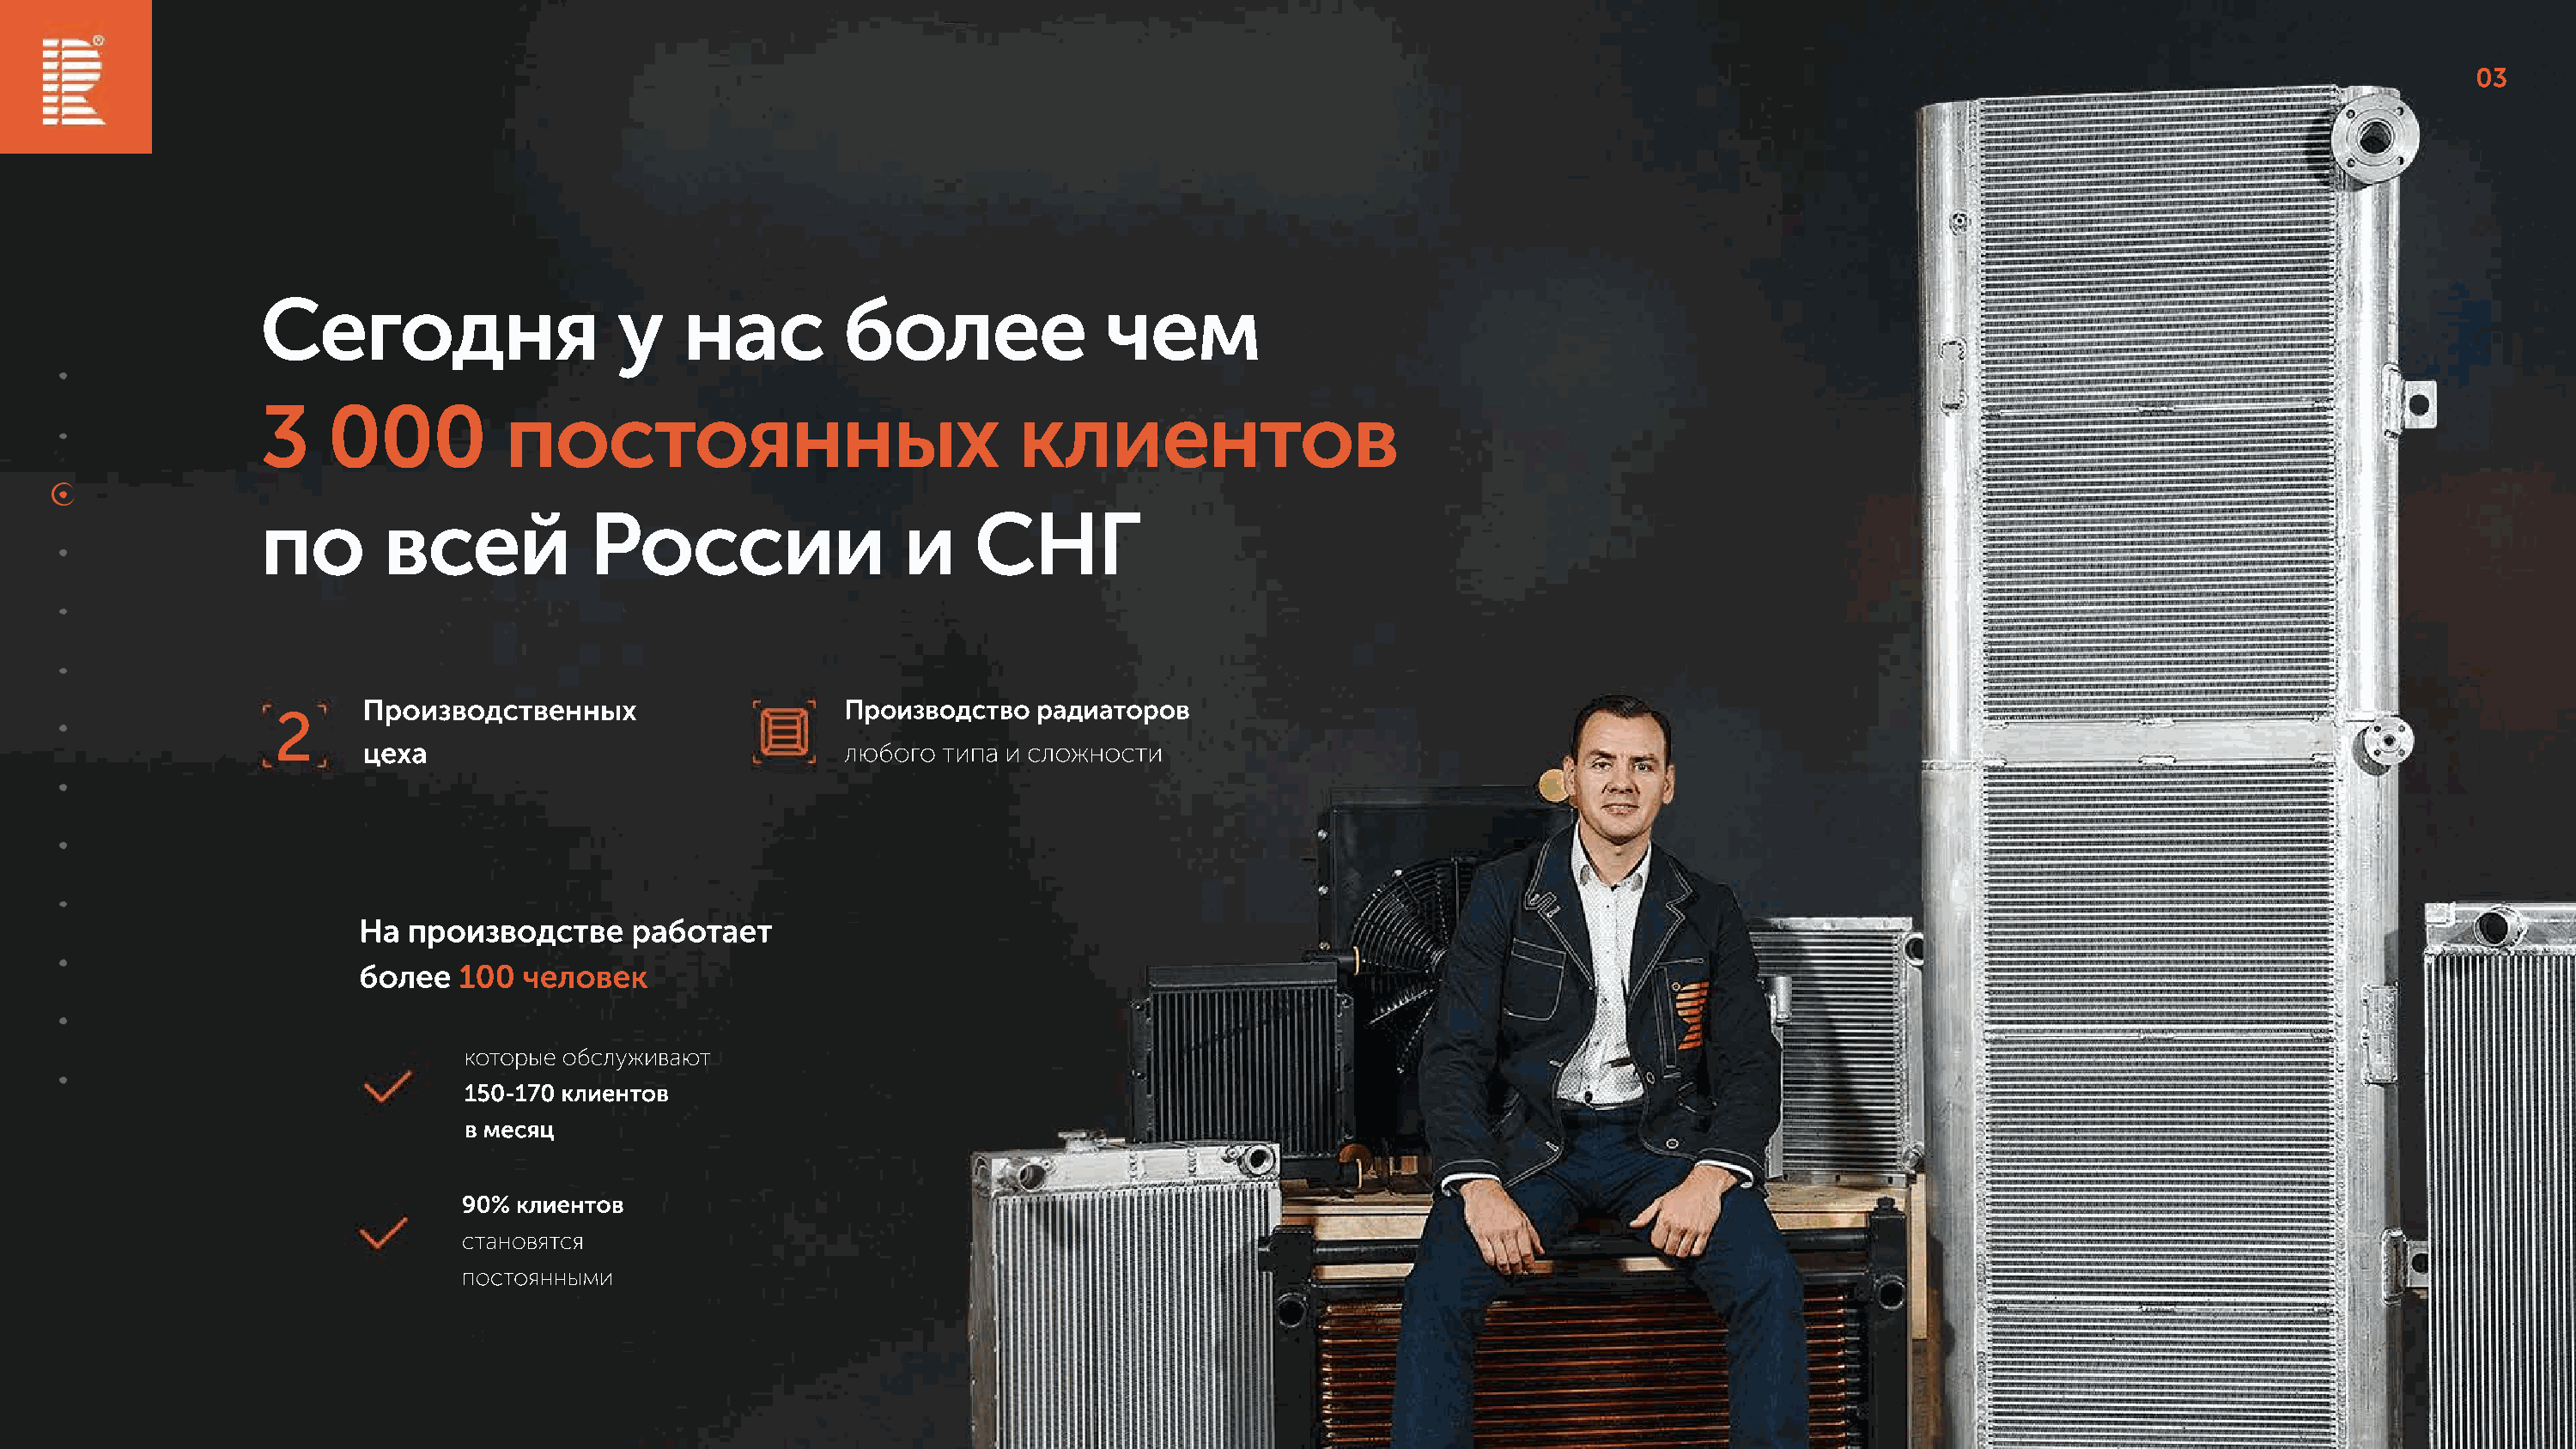
03
 Сегодня                     у    нас         более               чем
 3    000           постоянных                             клиентов
 по        всей           России                   и    СНГ
 Производственных                     Производство   радиаторов
 2
 цеха                                 любого  типа и сложности
 На производстве      работает
 более  100  человек
 которые обслуживают
 150-170 клиентов
 в месяц
 90% клиентов
 становятся
 постоянными